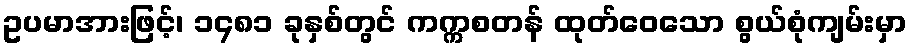
ဥပမာအားဖြင့်၊ ၁၄၈၁ ခုနှစ်တွင် ကက္ကစတန် ထုတ်ဝေသော စွယ်စုံကျမ်းမှာ